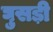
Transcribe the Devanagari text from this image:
घुसड़ी